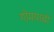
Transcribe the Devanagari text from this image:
गोमयाची